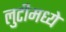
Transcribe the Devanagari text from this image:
लुटीमध्ये